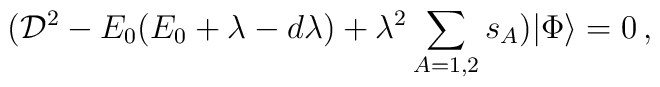
({\cal D}^2- E_0(E_0+\lambda-d\lambda)+\lambda^2\sum_{A=1,2}s_A)|\Phi\rangle=0\,,